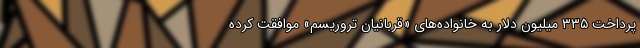
پرداخت ۳۳۵ میلیون دلار به خانواده‌های «قربانیان تروریسم» موافقت کرده